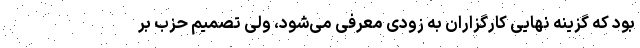
بود که گزینه نهایی کارگزاران به زودی معرفی می‌شود، ولی تصمیم حزب بر